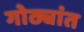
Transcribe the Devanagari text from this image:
गोठ्यांत